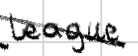
Text: League
Cross-out: mix
Writing tool: digital_black